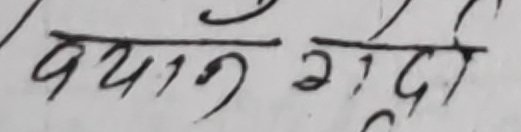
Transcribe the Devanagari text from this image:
बयान गर्दा